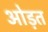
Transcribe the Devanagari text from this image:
ओड़त